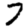
Digit: 7